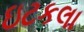
ઇટકલા